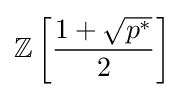
\mathbb {Z} \left[{\frac {1+{\sqrt {p^{*}}}}{2}}\right]